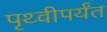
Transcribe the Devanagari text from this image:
पृथ्वीपर्यंत